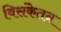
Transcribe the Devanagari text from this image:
विसंकेतन